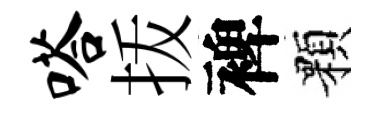
嗒㧞裨顆